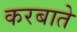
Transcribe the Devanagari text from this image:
करबाते